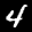
Label: 4